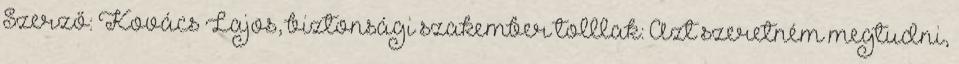
Szerző: Kovács Lajos, biztonsági szakember tolllak: Azt szeretném megtudni,